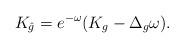
LaTeX: \begin{align*}K_{\hat{g}}=e^{-\omega}(K_{g}-\Delta_g \omega).\end{align*}